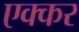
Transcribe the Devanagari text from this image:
एक्कर